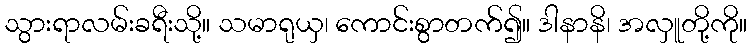
သွားရာလမ်းခရီးသို့။ သမာရုယှ၊ ကောင်းစွာတက်၍။ ဒါနာနိ၊ အလှူတို့ကို။